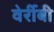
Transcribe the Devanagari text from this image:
वेर्रीबी